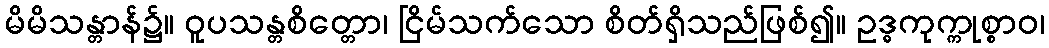
မိမိသန္တာန်၌။ ဝူပသန္တစိတ္တော၊ ငြိမ်သက်သော စိတ်ရှိသည်ဖြစ်၍။ ဥဒ္ဓကုက္ကုစ္စာဝ၊